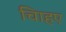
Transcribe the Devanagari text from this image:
चािहए